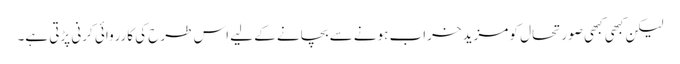
لیکن کبھی کبھی صورتحال کو مزید خراب ہونے سے بچانے کے لیے اس طرح کی کارروائی کرنی پڑتی ہے۔